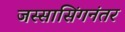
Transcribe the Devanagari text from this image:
जस्सासिंगनंतर